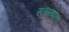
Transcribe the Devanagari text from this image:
सत्तास्थापना